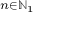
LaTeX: \scriptstyle n \in \mathbb { N } _ { 1 }